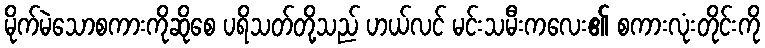
မိုက်မဲသောစကားကိုဆိုစေ ပရိသတ်တို့သည် ဟယ်လင် မင်းသမီးကလေး၏ စကားလုံးတိုင်းကို